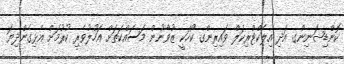
ކޮންޑިޝަނިންގ އަދި އިލެކްޓްރިކަލް ވައިރިންގ ކޯހަކީ ޒުވާނުން މަސައްކަތަށް އަހުލުވެރި ކުރުމަށް އެޅިގެންދިޔަ